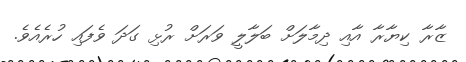
ޒާރާ ކިޔާރާ އާއި ދިމާލަށް ބަލާލީ ވަރަށް ރުޅި ގަދަ ވެފައި ހުރެއެވެ.